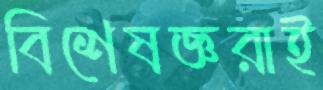
বিশেষজ্ঞরাই